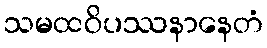
သမထဝိပဿနာနေတံ